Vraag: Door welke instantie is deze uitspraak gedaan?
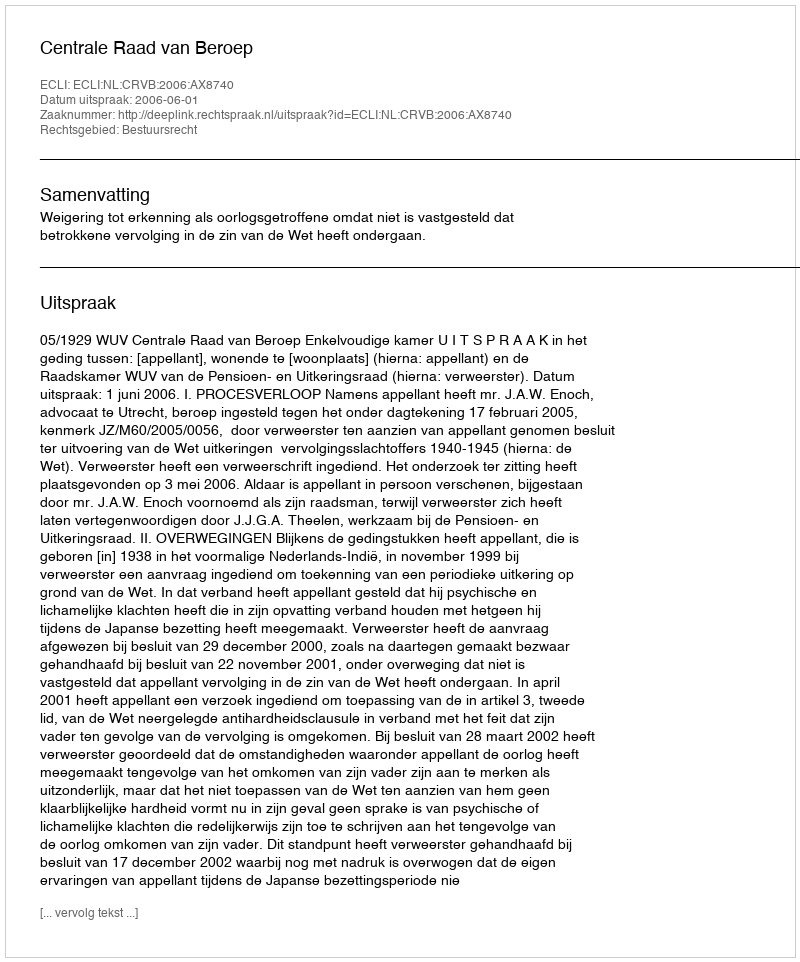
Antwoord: Centrale Raad van Beroep